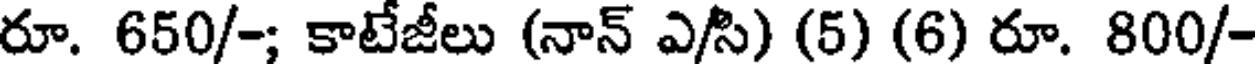
రూ. 650/-; కాటేజీలు (నాన్ ఎ/సి) (5) (6) రూ. 800/-